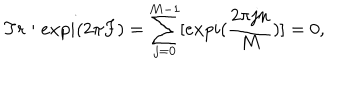
T r : e x p i ( 2 \pi F ) = \sum _ { j = 0 } ^ { M - 1 } [ e x p i ( { \frac { 2 \pi j n } { { M } } } ) ] = 0 , \quad